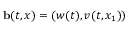
\ensuremath { \mathbf { b } } ( t , x ) = ( w ( t ) , v ( t , x _ { 1 } ) )